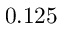
0 . 1 2 5